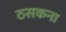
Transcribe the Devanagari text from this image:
ठसकना